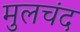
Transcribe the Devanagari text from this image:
मुलचंद